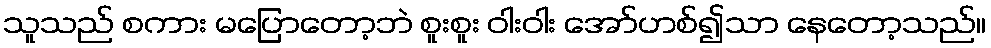
သူသည် စကား မပြောတော့ဘဲ စူးစူး ဝါးဝါး အော်ဟစ်၍သာ နေတော့သည်။